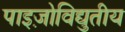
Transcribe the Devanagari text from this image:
पाइज़ोविद्युतीय